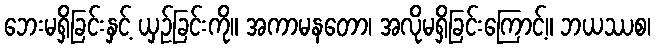
ဘေးမရှိခြင်းနှင့် ယှဉ်ခြင်းကို။ အကာမနတော၊ အလိုမရှိခြင်းကြောင့်။ ဘယဿစ၊